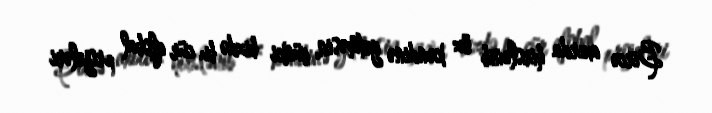
Bircə axırda hirslənib öz kəndinə getməsin, çünki bizdə bu cür qlobal projeləri